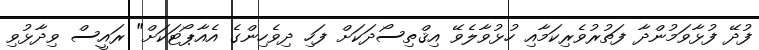
ފުދޭ ފުޅާވަމުންދާ ފަތުރުވެރިކަމާއި ހުޅުވާލެވޭ އިޤްތިސޯދަކަށް ފަހި ދިވެހިންގެ އެއާޕޯޓަކަށް" ރައީސް ވިދާޅުވި